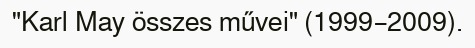
"Karl May összes művei" (1999–2009).